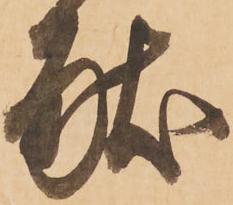
献